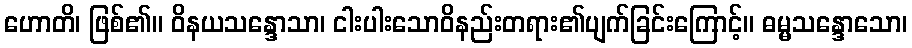
ဟောတိ၊ ဖြစ်၏။ ဝိနယသန္ဒောသာ၊ ငါးပါးသောဝိနည်းတရား၏ပျက်ခြင်းကြောင့်။ ဓမ္မသန္ဒောသော၊